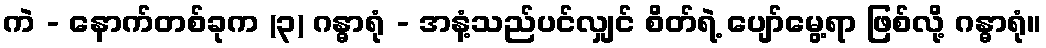
ကဲ - နောက်တစ်ခုက (၃) ဂန္ဓာရုံ - အနံ့သည်ပင်လျှင် စိတ်ရဲ့ ပျော်မွေ့ရာ ဖြစ်လို့ ဂန္ဓာရုံ။